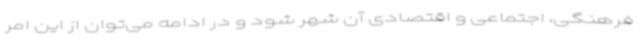
فرهنگی، اجتماعی و اقتصادی آن شهر شود و در ادامه می‌توان از این امر